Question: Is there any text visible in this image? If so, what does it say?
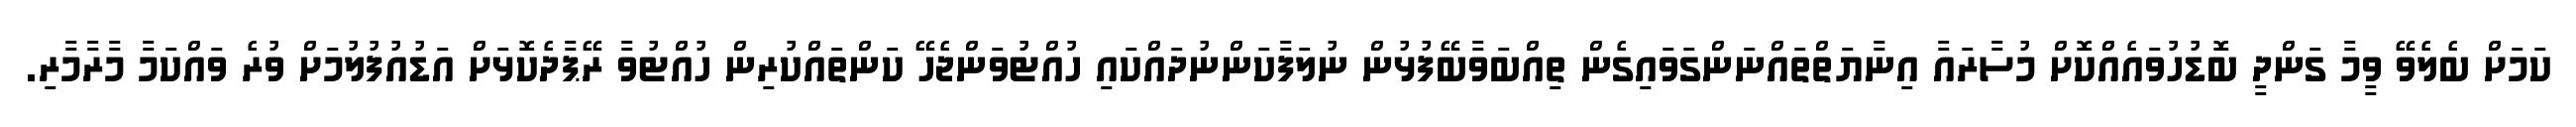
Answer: ކަމަށް ބެލެވޭ ވީމާ ގަންދީ ބޮޑުހުވައެއްކޮށް މުސާރައާ އިނާޔަތްތައްނަންގަވައިގެން ތިއްބަވާބޭފުޅުން ނުލަފާކަންނުދައްކައި ހުއްޓުވަންޖެހޭ ކަންތައްކުރިން ހުއްޓުވާ ރޭޕާދެކޮޅަށް އަޑުއުފުލުމަށް ވުރެ ވައްކަމާ މާރާމާރި.